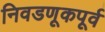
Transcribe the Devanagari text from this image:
निवडणूकपूर्व